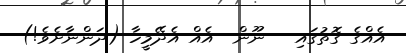
އެއްގެ ގޮތުގައި   ނޫން  އެއް އެދޭމީހާ (ދަންނާށެވެ!)